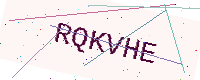
Text: RQKVHE